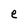
Character: e